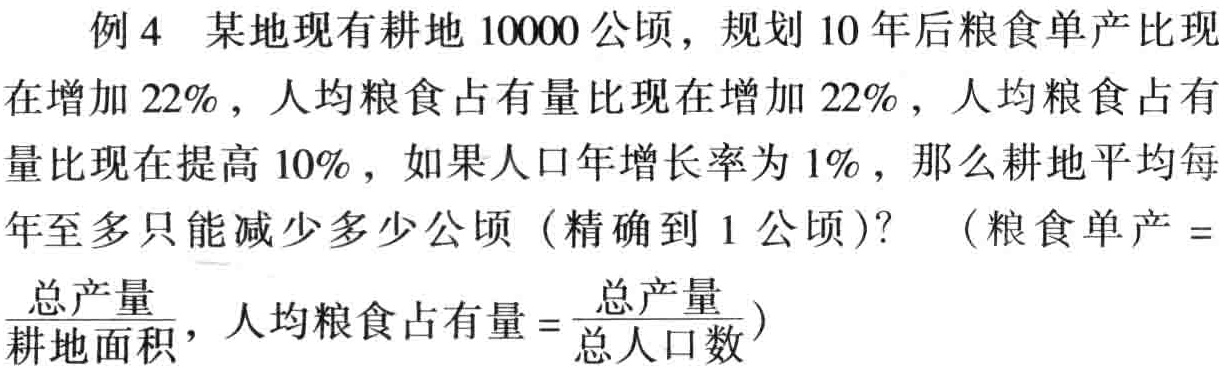
例4 某地现有耕地10000公顷，规划10年后粮食单产比现在增加22%，人均粮食占有量比现在增加22%，人均粮食占有量比现在提高10%，如果人口年增长率为1%，那么耕地平均每年至多只能减少多少公顷（精确到1公顷）？（粮食单产 =$\frac{总产量}{耕地面积}$，人均粮食占有量 =$\frac{总产量}{总人口数}$）